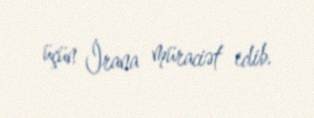
üçün İrana müraciət edib.